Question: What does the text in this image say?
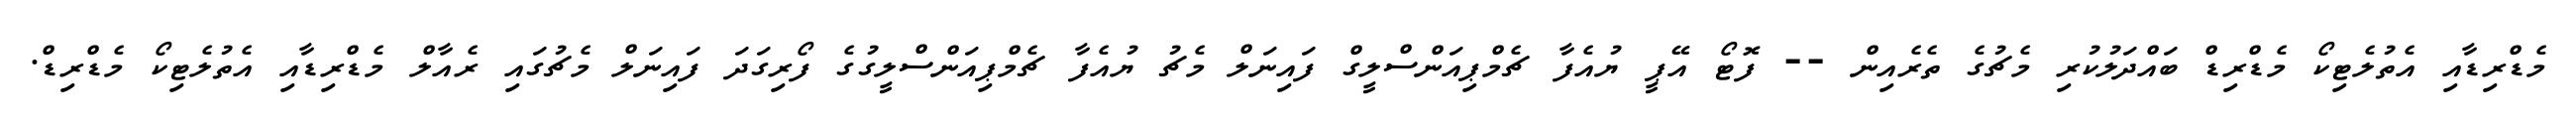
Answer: މެޑްރިޑާއި އެތުލެޓިކޯ މެޑްރިޑް ބައްދަލުކުރި މެޗުގެ ތެރެއިން -- ފޮޓޯ އޭޕީ ޔުއެފާ ޗެމްޕިއަންސްލީގް ފައިނަލް މެޗު ޔުއެފާ ޗެމްޕިއަންސްލީގުގެ ފޯރިގަދަ ފައިނަލް މެޗުގައި ރެއާލް މެޑްރިޑާއި އެތުލެޓިކޯ މެޑްރިޑް.